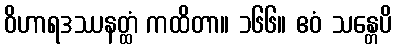
ဝိဟာရဒဿနတ္ထံ ကထိတာ။ ၁၆၆။ ဧဝံ သန္တေပိ